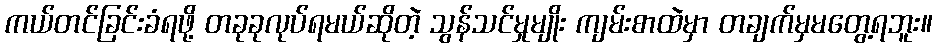
ကယ်တင်ခြင်းခံရဖို့ တခုခုလုပ်ရမယ်ဆိုတဲ့ သွန်သင်မှုမျိုး ကျမ်းစာထဲမှာ တချက်မှမတွေ့ရဘူး။